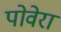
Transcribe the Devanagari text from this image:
पोवेरा